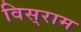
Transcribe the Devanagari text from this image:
विस्‌राम